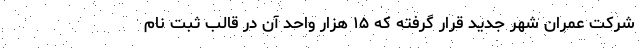
شرکت عمران شهر جدید قرار گرفته که ۱۵ هزار واحد آن در قالب ثبت نام